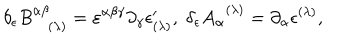
\delta _ { \epsilon } B _ { ( \lambda ) } ^ { \alpha \beta } = \varepsilon ^ { \alpha \beta \gamma } \partial _ { \gamma } \epsilon _ { ( \lambda ) } ^ { \prime } , \; \delta _ { \epsilon } A _ { \alpha } ^ { \; \; ( \lambda ) } = \partial _ { \alpha } \epsilon ^ { ( \lambda ) } ,